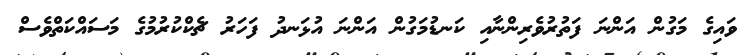
ވައިގެ މަގުން އަންނަ ފަތުރުވެރިންނާއި ކަނޑުމަގުން އަންނަ އުޅަނދު ފަހަރު ޗެކްކުރުމުގެ މަސައްކަތްވެސް